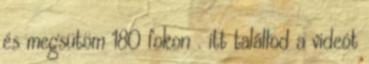
és megsütöm 180 fokon . itt talállod a videót